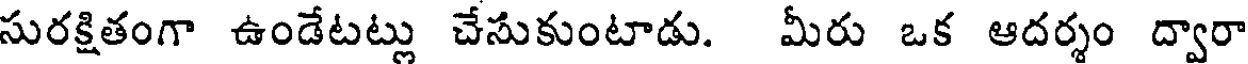
సురక్షితంగా ఉండేటట్లు చేసుకుంటాడు. మీరు ఒక ఆదర్శం ద్వారా